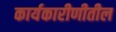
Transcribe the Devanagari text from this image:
कार्यकारीणीतील